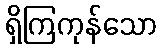
ရှိကြကုန်သော